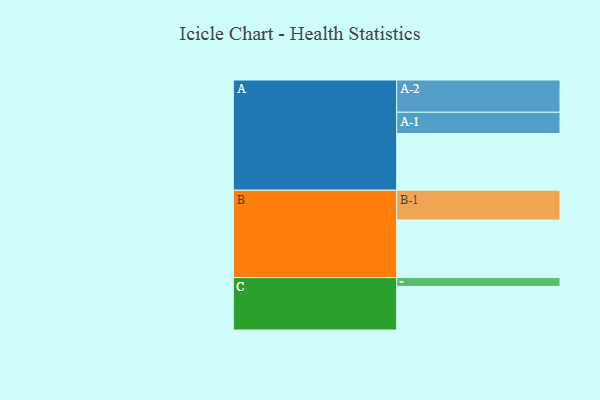
{"axis": {"x": "Segment", "y": "Value"}, "legend": ["", "A", "B", "C"], "data": [{"x": "A", "y": 438, "type": ""}, {"x": "B", "y": 445, "type": ""}, {"x": "C", "y": 337, "type": ""}, {"x": "A-1", "y": 165, "type": "A"}, {"x": "A-2", "y": 249, "type": "A"}, {"x": "B-1", "y": 230, "type": "B"}, {"x": "C-1", "y": 68, "type": "C"}]}